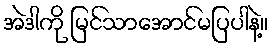
အဲဒါကို မြင်သာအောင်မပြပါနဲ့။